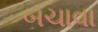
બચાવા